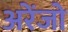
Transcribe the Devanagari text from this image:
अरेंजो